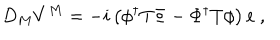
D _ { M } V ^ { M } = - i \left( \phi ^ { \dagger } T \Phi - \Phi ^ { \dagger } T \phi \right) e ~ ,